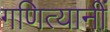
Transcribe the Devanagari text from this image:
गणित्यानीं